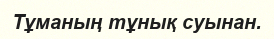
Тұманың тұнық суынан.